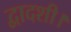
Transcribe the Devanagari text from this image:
द्वादशी।